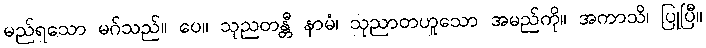
မည်ရသော မဂ်သည်။ ပေ။ သုညတန္တီ နာမံ၊ သုညာတဟူသော အမည်ကို။ အကာသိ၊ ပြုပြီ။